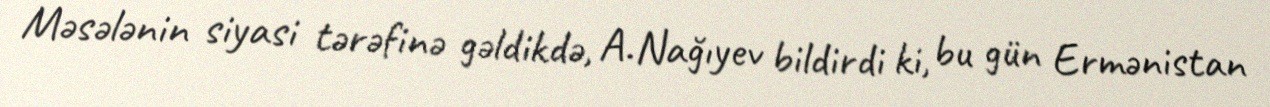
Məsələnin siyasi tərəfinə gəldikdə, A.Nağıyev bildirdi ki, bu gün Ermənistan